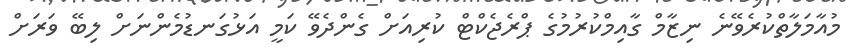
މުއާމަލާތްކުރެވޭނެ ނިޒާމް ގާއިމްކުރުމުގެ ޕްރެޖެކްޓް ކުރިއަށް ގެންދެވޭ ކަމީ އަޅުގަނޑުމެންނަށް ލިބޭ ވަރަށް